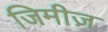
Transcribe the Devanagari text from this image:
जिमीज़